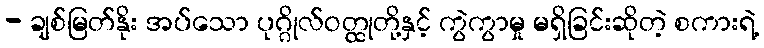
- ချစ်မြတ်နိုး အပ်သော ပုဂ္ဂိုလ်ဝတ္ထုတို့နှင့် ကွဲကွာမှု မရှိခြင်းဆိုတဲ့ စကားရဲ့